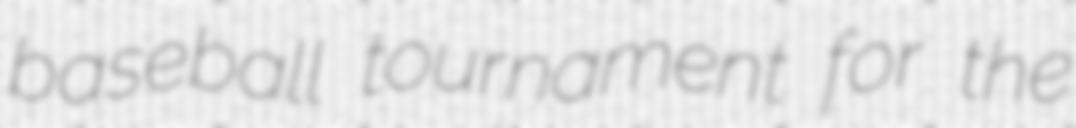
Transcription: baseball tournament for the